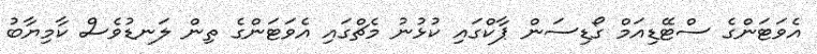
އެވަޓަންގެ ސްޓޭޑިއަމް ގޯޑިސަން ޕާކްގައި ކުޅުނު މެޗްގައި އެވަޓަންގެ ތިން ލަނޑުވެސް ކާމިޔާބު